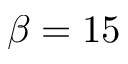
\beta = 1 5